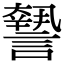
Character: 𧬓